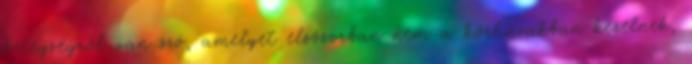
betegségről van szó, amelyet elsősorban nem a kórházakban kezelnek,